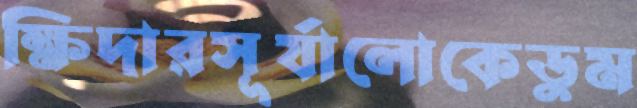
ক্ষিদারসূর্যালোকেডুম